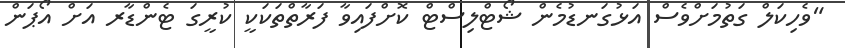
"ވެހިކަލް ގަތުމަށްވެސް އަޅުގަނޑުމެން ޝޯޓްލިސްޓް ކޮށްފައިވާ ފަރާތްތަކަކީ ކުރީގަ ޓެންޑާރ އަށް އޯޕަން